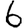
Digit: 6